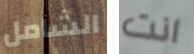
الشامل انت